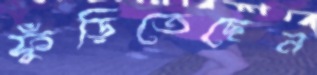
ফুঁড়িতেছেন